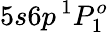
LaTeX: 5s6p\, ^{1}P_{1}^{o}